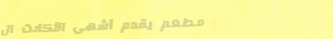
مطعم يقدم أشهى الأكلات ال